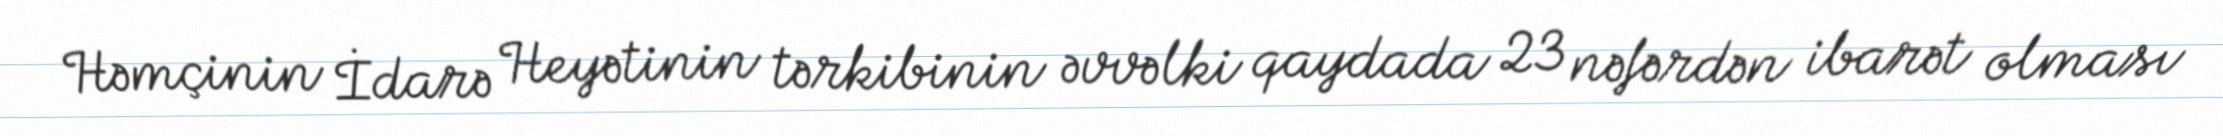
Həmçinin İdarə Heyətinin tərkibinin əvvəlki qaydada 23 nəfərdən ibarət olması